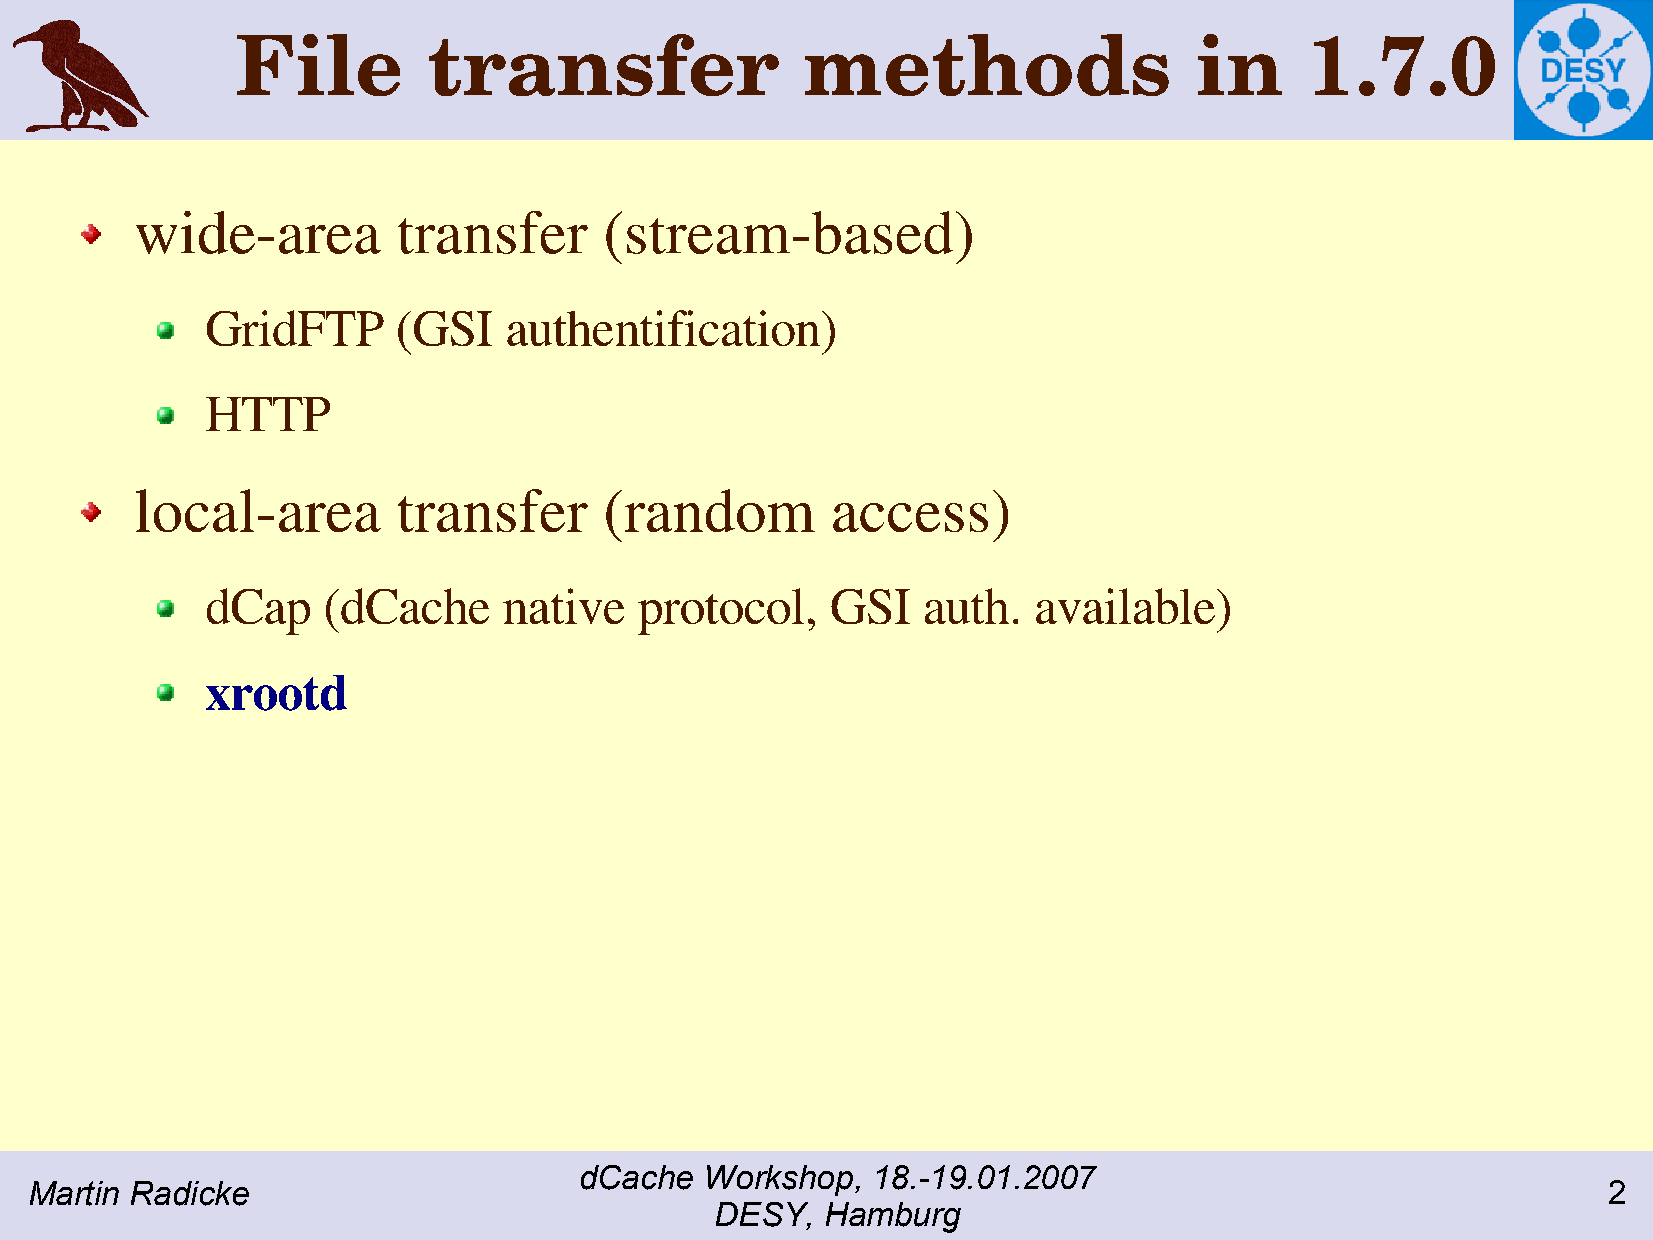
File        transfer                 methods                   in      1.7.0
 wide-area        transfer      (stream-based)
 GridFTP     (GSI   authentification)
 HTTP
 local-area       transfer      (random        access)
 dCap   (dCache     native   protocol,    GSI   auth.  available)
 xrootd
 dCache   Workshop,  18.-19.01.2007
 Martin Radicke                                                                                          2
 DESY,   Hamburg